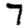
Digit: 7